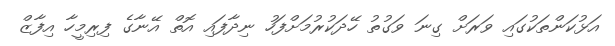
އަޅުކަންތަކުގައި ވަރަށް ގިނަ ވަގުތު ހޭދަކުރުމަށްފަހު ނިދާފައި އޮތް އޭނާގެ ފިރިމީހާ އިފާޒް